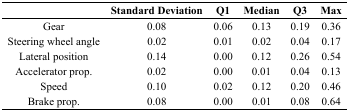
|  | Standard Deviation | Q1 | Median | Q3 | Max |
 | --- | --- | --- | --- | --- | --- |
 | Gear | 0.08 | 0.06 | 0.13 | 0.19 | 0.36 |
 | Steering wheel angle | 0.02 | 0.01 | 0.02 | 0.04 | 0.17 |
 | Lateral position | 0.14 | 0.00 | 0.12 | 0.26 | 0.54 |
 | Accelerator prop. | 0.02 | 0.00 | 0.01 | 0.04 | 0.13 |
 | Speed | 0.10 | 0.02 | 0.12 | 0.20 | 0.46 |
 | Brake prop. | 0.08 | 0.00 | 0.01 | 0.08 | 0.64 |